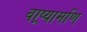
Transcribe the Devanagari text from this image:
वाष्र्यामणि